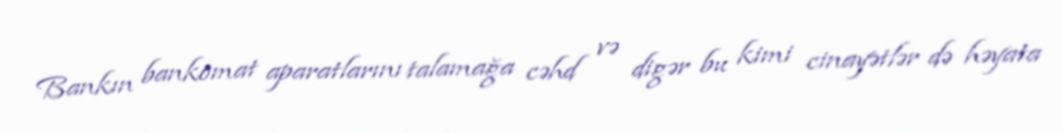
Bankın bankomat aparatlarını talamağa cəhd və digər bu kimi cinayətlər də həyata